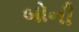
બોની